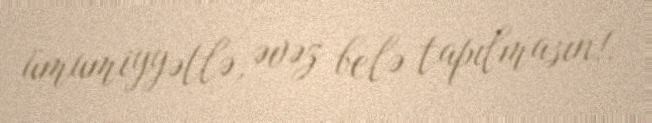
ümumiyyətlə, əvəz belə tapılmasın!.